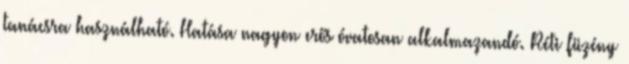
tanácsra használható. Hatása nagyon erős óvatosan alkalmazandó. Réti füzény